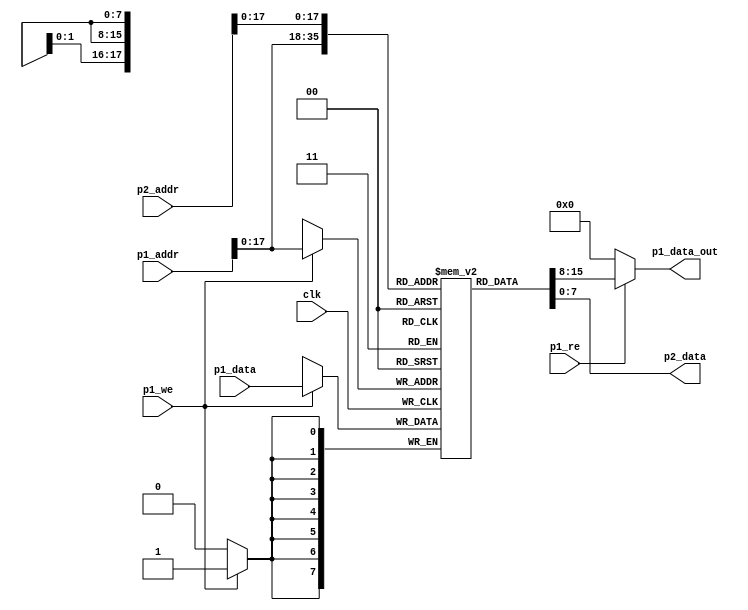

// Must synthesize into 3 * 8x2048 brams
module vram(input clk,
	    
	    input [19:0]     p1_addr,
	    input [7:0]      p1_data,
            output [7:0] p1_data_out, 
	    input            p1_we,
            input            p1_re,

	    input [19:0]     p2_addr,
	    output [7:0] p2_data);

   reg [7:0] 		 mem[0:153600-1];
   assign p1_data_out = p1_re?mem[p1_addr]:0;
   assign p2_data = mem[p2_addr];

   always @(posedge clk)
     begin
	if (p1_we) begin
	   mem[p1_addr] <= p1_data;
	end
     end

endmodule
	    
module vgatopgfxsim(input clk, // 100MHz clk
	            input        rst,
	           
                    input        clsrq,
                    output reg   clsack,

	            input [19:0] vmem_in_addr,
	            input [7:0]  vmem_in_data,
	            input        vmem_we,
                    input        vmem_re,
                    output [7:0] vmem_p1_out_data,

                    input [19:0] vmem_out_addr,
                    output [7:0] vmem_out_data
                    );


   reg                     clsing;
   reg [19:0]              clsaddr;
   

   wire [19:0]             vmem_in_addr_x;
   wire [7:0]              vmem_in_data_x;
   wire                    vmem_we_x;

   assign vmem_in_addr_x = clsing?clsaddr:vmem_in_addr;
   assign vmem_in_data_x = clsing?0:vmem_in_data;
   assign vmem_we_x = clsing|vmem_we;


   wire                    vmem_re_x;
   
   assign vmem_re_x = clsing?0:vmem_re;
   


   always @(posedge clk)
     if (!rst) begin
        clsing <= 0;
        clsack <= 0;
        clsaddr <= 0;
     end else begin
        if (clsack) clsack <= 0;
        else if (clsrq && !clsing) begin
           clsing <= 1;
           clsaddr <= 0;
           clsack <= 0;
        end else if (clsing) begin
           clsaddr <= clsaddr + 1;
           if (clsaddr == 153600) begin
              clsack <= 1;
              clsing <= 0;
           end
        end
     end
   
   vram vram1(.clk(clk),

	      .p1_addr(vmem_in_addr_x),
	      .p1_data(vmem_in_data_x),
	      .p1_we(vmem_we_x),
              .p1_re(vmem_re_x),
              .p1_data_out(vmem_p1_out_data),

	      .p2_addr(vmem_out_addr),
	      .p2_data(vmem_out_data)
	      );

endmodule